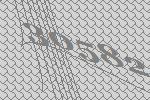
30582